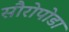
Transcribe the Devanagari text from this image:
सौरोपोडा